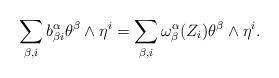
LaTeX: \begin{align*} \sum_{\beta, i} b_{\beta i}^{\alpha} \theta^{\beta} \wedge \eta^i= \sum_{\beta, i} \omega_{\beta}^{\alpha}(Z_i) \theta^{\beta} \wedge \eta^i. \end{align*}